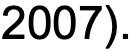
2007).